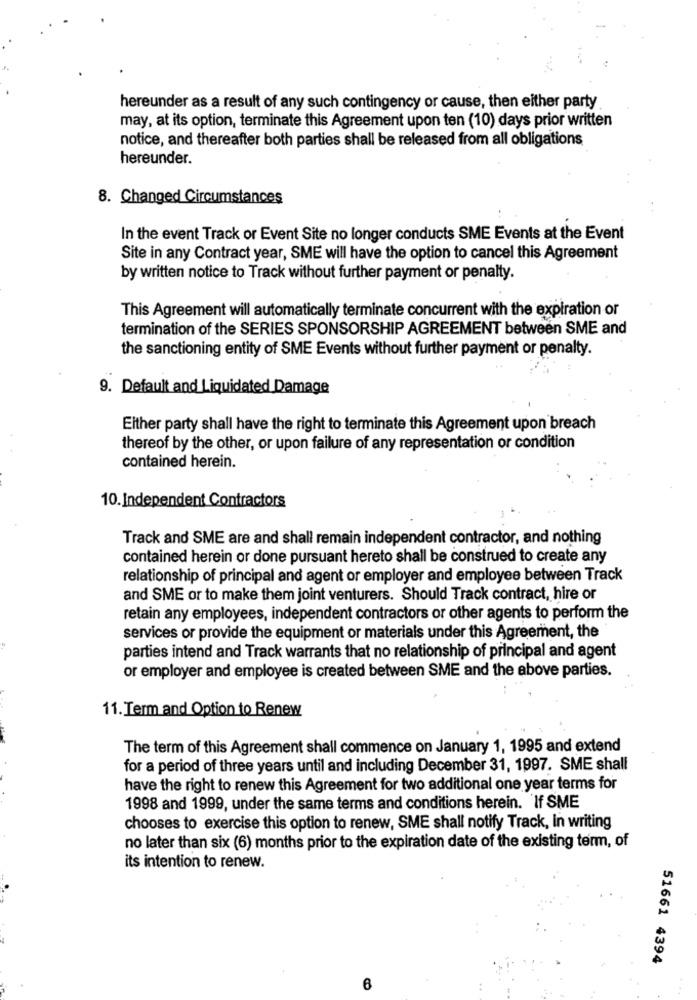
hereunder as a result of any such contingency or cause, then either party
may, at its option, terminate this Agreement upon ten (10) days prior written
notice, and thereafter both parties shall be released from all obligations
hereunder.
8. Changed Circumstances
In the event Track or Event Site no longer conducts SME Events at the Event
Site in any Contract year, SME will have the option to cancel this Agreement
by written notice to Track without further payment or penalty.
This Agreement will automatically terminate concurrent with the expiration or
termination of the SERIES SPONSORSHIP AGREEMENT between SME and
the sanctioning entity of SME Events without further payment or penalty.
9. Default and Liquidated Damage
Either party shall have the right to terminate this Agreement upon breach
thereof by the other, or upon failure of any representation or condition
contained herein.
10. Independent Contractors
Track and SME are and shall remain independent contractor, and nothing
contained herein or done pursuant hereto shall be construed to create any
relationship of principal and agent or employer and employee between Track
and SME or to make them joint venturers. Should Track contract, hire or
retain any employees, independent contractors or other agents to perform the
services or provide the equipment or materials under this Agreement, the
parties intend and Track warrants that no relationship of principal and agent
or employer and employee is created between SME and the above parties.
11. Term and Option to Renew
The term of this Agreement shall commence on January 1, 1995 and extend
for a period of three years until and including December 31, 1997. SME shall
have the right to renew this Agreement for two additional one year terms for
1998 and 1999, under the same terms and conditions herein. If SME
chooses to exercise this option to renew, SME shall notify Track, In writing
no later than six (6) months prior to the expiration date of the existing term, of
its intention to renew.
51661 4394
6